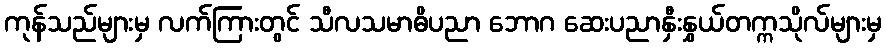
ကုန်သည်များမှ လက်ကြားတွင် သီလသမာဓိပညာ ဘောဂ ဆေးပညာနှီးနွှယ်တက္ကသိုလ်များမှ